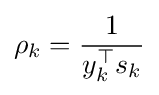
\rho _{k}={\frac {1}{y_{k}^{\top }s_{k}}}